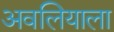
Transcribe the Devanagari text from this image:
अवलियाला